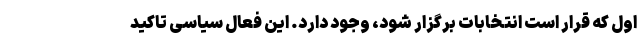
اول که قرار است انتخابات برگزار شود، وجود دارد. این فعال سیاسی تاکید